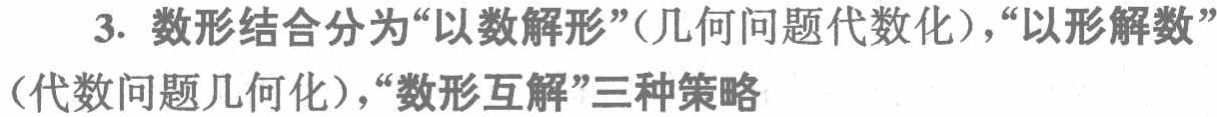
3. 数形结合分为“以数解形”(几何问题代数化)，“以形解数”(代数问题几何化)，“数形互解”三种策略